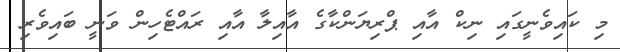
މި ކައިވެނީގައި ނިކް އާއި ޕްރިޔަންކާގެ އާއިލާ އާއި ރައްޓެހިން ވަނީ ބައިވެރި